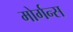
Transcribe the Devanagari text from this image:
मोर्गन्स